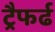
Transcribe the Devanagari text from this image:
ट्रैफर्ढ